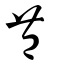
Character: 豊